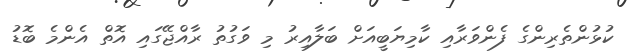
ކުޅުންތެރިންގެ ފެންވަރާއި ކާމިޔަބީއަށް ބަލާއިރު މި ވަގުތު ރާއްޖޭގައި އޮތް އެންމެ ބޮޑު